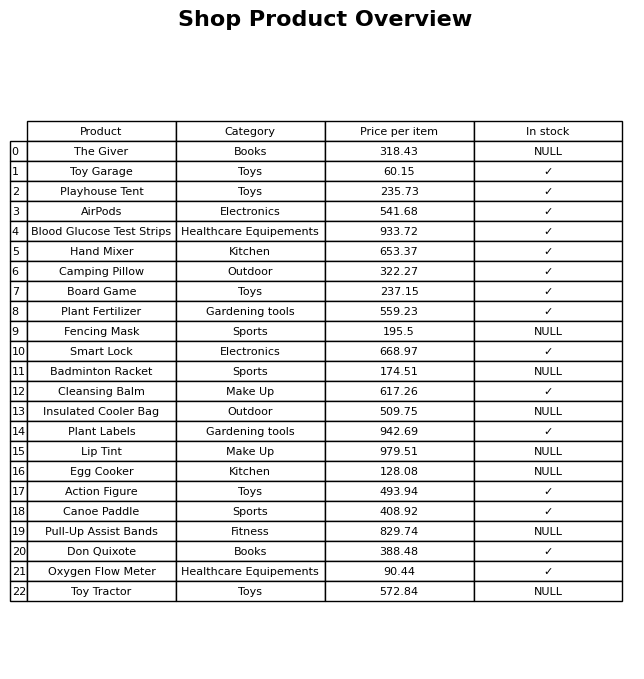
question: Which products are currently out of stock?
answer: The Giver, Fencing Mask, Badminton Racket, Insulated Cooler Bag, Lip Tint, Egg Cooker, Pull-Up Assist Bands, Toy Tractor